Cholera in southern India
Disease focus: Cholera
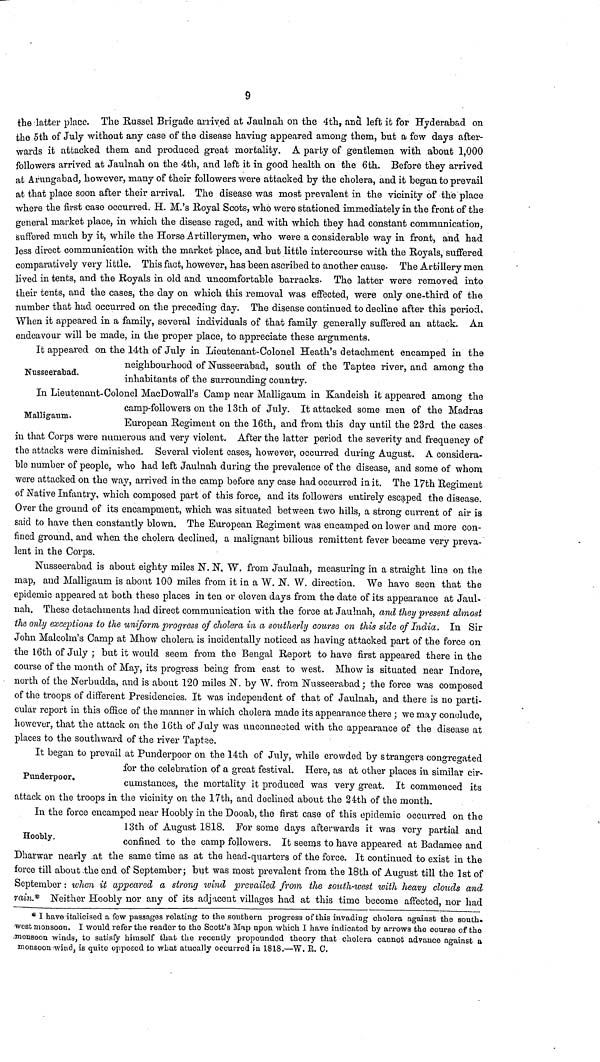
9
the latter place. The Russel Brigade arrived at Jaulnah on the 4th, and left it for Hyderabad on
the 5th of July without any case of the disease having appeared among them, but a few days after-
wards it attacked them and produced great mortality. A party of gentlemen with about 1,000
followers arrived at Jaulnah on the 4th, and left it in good health on the 6th. Before they arrived
at Arungabad, however, many of their followers were attacked by the cholera, and it began to prevail
at that place soon after their arrival. The disease was most prevalent in the vicinity of the place
where the first case occurred. H. M.'s Royal Scots, who were stationed immediately in the front of the
general market place, in which the disease raged, and with which they had constant communication,
suffered much by it, while the Horse Artillerymen, who were a considerable way in front, and had
less direct communication with the market place, and but little intercourse with the Royals, suffered
comparatively very little. This fact, however, has been ascribed to another cause. The Artillery men
lived in tents, and the Royals in old and uncomfortable barracks. The latter were removed into
their tents, and the cases, the day on which this removal was effected, were only one-third of the
number that had occurred on the preceding day. The disease continued to decline after this period,
When it appeared in a family, several individuals of that family generally suffered an attack. An
endeavour will be made, in the proper place, to appreciate these arguments.
Nusseerabad.
It appeared on the 14th of July in Lieutenant-Colonel Heath's detachment encamped in the
neighbourhood of Nusseerabad, south of the Taptee river, and among the
inhabitants of the surrounding country.
Malligaum.
In Lieutenant-Colonel MacDowall's Camp near Malligaum in Kandeish it appeared among the
camp-followers on the 13th of July. It attacked some men of the Madras
European Regiment on the 16th, and from this day until the 23rd the cases
in that Corps were numerous and very violent. After the latter period the severity and frequency of
the attacks were diminished. Several violent cases, however, occurred during August. A considera-
ble number of people, who had left Jaulnah during the prevalence of the disease, and some of whom
were attacked on the way, arrived in the camp before any case had occurred in it. The 17th Regiment
of Native Infantry, which composed part of this force, and its followers entirely escaped the disease.
Over the ground of its encampment, which was situated between two hills, a strong current of air is
said to have then constantly blown. The European Regiment was encamped on lower and more con-
fined ground, and when the cholera declined, a malignant bilious remittent fever became very preva-
lent in the Corps.
Nusseerabad is about eighty miles N. N. W. from Jaulnah, measuring in a straight line on the
map, and Malligaum is about 100 miles from it in a W. N. W. direction. We have seen that the
epidemic appeared at both these places in ten or eleven days from the date of its appearance at Jaul-
nah. These detachments had direct communication with the force at Jaulnah, and they present almost
the only exceptions to the uniform progress of cholera in a southerly course on this side of India. In Sir
John Malcolm's Camp at Mhow cholera is incidentally noticed as having attacked part of the force on
the 16th of July ; but it would seem from the Bengal Report to have first appeared there in the
course of the month of May, its progress being from east to west. Mhow is situated near Indore,
north of the Nerbudda, and is about 120 miles N. by W. from Nusseerabad ; the force was composed
of the troops of different Presidencies. It was independent of that of Jaulnah, and there is no parti-
cular report in this office of the manner in which cholera made its appearance there ; we may conclude,
however, that the attack on the 16th of July was unconnected with the appearance of the disease at
places to the southward of the river Taptee.
Punderpoor.
It began to prevail at Punderpoor on the 14th of July, while crowded by strangers congregated
for the celebration of a great festival. Here, as at other places in similar cir-
cumstances, the mortality it produced was very great. It commenced its
attack on the troops in the vicinity on the 17th, and declined about the 24th of the month.
Hoobly.
In the force encamped near Hoobly in the Dooab, the first case of this epidemic occurred on the
13th of August 1818. Eor some days afterwards it was very partial and
confined to the camp followers. It seems to have appeared at Badamee and
Dharwar nearly at the same time as at the head-quarters of the force. It continued to exist in the
force till about the end of September; but was most prevalent from the 18th of August till the 1st of
September : when it appeared a strong wind prevailed from the south-west with heavy clouds and
rain.* Neither Hoobly nor any of its adjacent villages had at this time become affected, nor had
* I have italicised a few passages relating to the southern progress of this invading cholera against the south.
west monsoon. I would refer the reader to the Scott's Map upon which I have indicated by arrows the course of the
monsoon winds, to satisfy himself that the recently propounded theory that cholera cannot advance against a
monsoon wind, is quite opposed to what atucally occurred in 1818.—W. E. C.